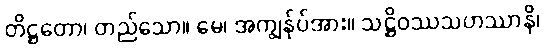
တိဋ္ဌတော၊ တည်သော။ မေ၊ အကျွန်ုပ်အား။ သဋ္ဌိဝဿသဟဿာနိ၊